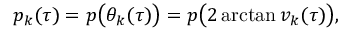
p _ { k } ( \tau ) = p \big ( \theta _ { k } ( \tau ) \big ) = p \big ( 2 \arctan v _ { k } ( \tau ) \big ) ,